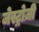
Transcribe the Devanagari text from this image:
जेस्ट्रोज़ी